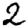
Digit: 2